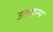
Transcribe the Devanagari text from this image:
उलहरम